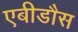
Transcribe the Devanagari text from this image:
एबीडौस